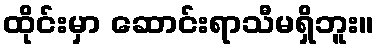
ထိုင်းမှာ ဆောင်းရာသီမရှိဘူး။